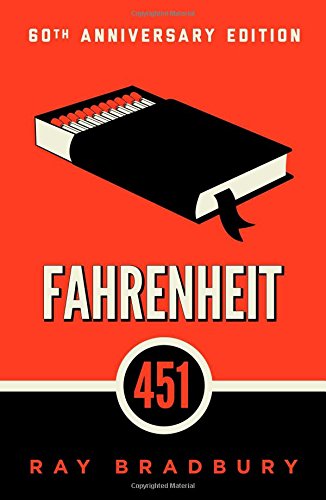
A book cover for Fahrenheit 451: A Novel; Ray Bradbury; Science Fiction & Fantasy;